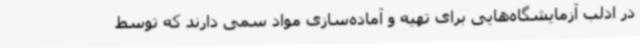
در ادلب آزمایشگاه‌هایی برای تهیه و آماده‌سازی مواد سمی دارند که توسط